Indian journal of veterinary science and animal husbandry - Volume 14,
Year: 1944
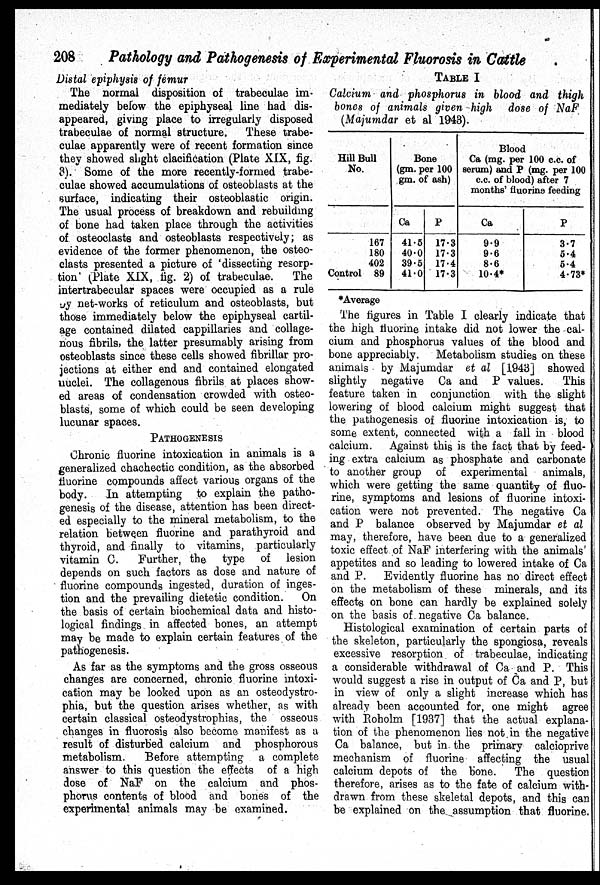
208
Pathology and Pathogenesis of Experimental Fluorosis in Cattle
Distal epiphysis of femur
The normal disposition of trabeculae im-
mediately below the epiphyseal line had dis-
appeared, giving place to irregularly disposed
trabeculae of normal structure.
These trabe-
culae apparently were of recent formation since
they showed slight clacification (Plate XIX, fig.
3). Some of the more recently-formed trabe-
culae showed accumulations of osteoblasts at the
surface, indicating their osteoblastic origin.
The usual process of breakdown and rebuilding
of bone had taken place through the activities
of osteoclasts and osteoblasts respectively; as
evidence of the former phenomenon, the osteo-
clasts presented a picture of 'dissecting resorp-
tion' (Plate XIX, fig. 2) of trabeculae.
The
intertrabecular spaces were occupied as a rule
by net-works of reticulum and osteoblasts, but
those immediately below the epiphyseal cartil-
age contained dilated cappillaries and collage-
nous fibrils, the latter presumably arising from
osteoblasts since these cells showed fibrillar pro-
jections at either end and contained elongated
nuclei. The collagenous fibrils at places show-
ed areas of condensation crowded with osteo-
blasts, some of which could be seen developing
lucunar spaces.
PATHOGENESIS
Chronic fluorine intoxication in animals is a
generalized chachectic condition, as the absorbed
fluorine compounds affect various organs of the
body.
In attempting to explain the patho-
genesis of the disease, attention has been direct-
ed especially to the mineral metabolism, to the
relation between fluorine and parathyroid and
thyroid, and finally to vitamins, particularly
vitamin C.
Further, the type of lesion
depends on such factors as dose and nature of
fluorine compounds ingested, duration of inges-
tion and the prevailing dietetic condition.
On
the basis of certain biochemical data and histo-
logical findings in affected bones, an attempt
may be made to explain certain features of the
pathogenesis.
As far as the symptoms and the gross osseous
changes are concerned, chronic fluorine intoxi-
cation may be looked upon as an osteodystro-
phia, but the question arises whether, as with
certain classical osteodystrophias, the osseous
changes in fluorosis also become manifest as a
result of disturbed calcium and phosphorous
metabolism.
Before attempting a complete
answer to this question the effects of a high
dose of NaF on the calcium and phos-
phorus contents of blood and bones of the
experimental animals may be examined.
TABLE I
Calcium and phosphorus in blood and thigh
bones of animals given high dose of NaF
(Majumdar et al 1943).
Hill Bull
No.
167
180
402
Control 89
Bone
(gm. per 100
gm. of ash)
Ca
41.5
40.0
39.5
41.0
P
17.3
17.3
17.4
17.3
Blood
Ca (mg. per 100 c.c. of
serum) and P (mg. per 100
c.c. of blood) after 7
months' fluorins feeding
Ca
9.9
9.6
8.6
10.4*
P
3.7
5.4
5.4
4.73*
*Average
The figures in Table I clearly indicate that
the high fluorine intake did not lower the cal-
cium and phosphorus values of the blood and
bone appreciably.
Metabolism studies on these
animals by Majumdar et al [1943] showed
slightly negative Ca and P values.
This
feature taken in conjunction with the slight
lowering of blood calcium might suggest that
the pathogenesis of fluorine intoxication is, to
some extent, connected with a fall in blood
calcium. Against this is the fact that by feed-
ing extra calcium as phosphate and carbonate
to another group of experimental animals,
which were getting the same quantity of fluo-
rine, symptoms and lesions of fluorine intoxi-
cation were not prevented. The negative Ca
and P balance observed by Majumdar et al
may, therefore, have been due to a generalized
toxic effect of NaF interfering with the animals'
appetites and so leading to lowered intake of Ca
and P.
Evidently fluorine has no direct effect
on the metabolism of these minerals, and its
effects on bone can hardly be explained solely
on the basis of negative Ca balance.
Histological examination of certain parts of
the skeleton, particularly the spongiosa, reveals
excessive resorption of trabeculae, indicating
a considerable withdrawal of Ca and P. This
would suggest a rise in output of Ca and P, but
in view of only a slight increase which has
already been accounted for, one might agree
with Roholm [1937] that the actual explana-
tion of the phenomenon lies not in the negative
Ca balance, but in the primary calcioprive
mechanism of fluorine affecting the usual
calcium depots of the bone.
The question
therefore, arises as to the fate of calcium with
drawn from these skeletal depots, and this can
be explained on the assumption that fluorine,